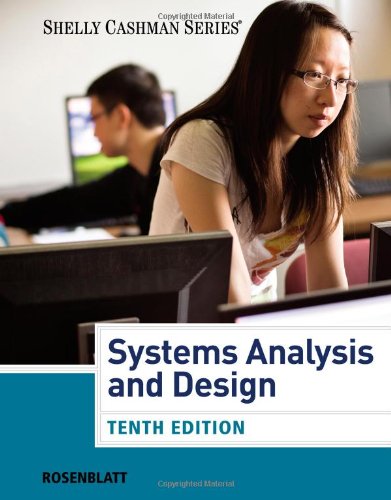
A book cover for Systems Analysis and Design (with CourseMate, 1 term (6 months) Printed Access Card) (Shelly Cashman Series); Harry J. Rosenblatt; Computers & Technology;